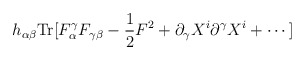
\begin{align*}h_{\alpha \beta}{\rm Tr}[F_\alpha^\gamma F_{\gamma\beta}-{1\over 2}F^2 + \partial_\gamma X^i \partial^\gamma X^i +\cdots]\end{align*}